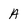
Character: A